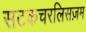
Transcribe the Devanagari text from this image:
सटकचरलिसज़म